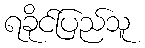
ရခိုင်ပြည်သူ